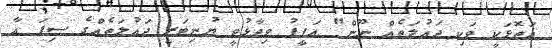
އަތޮޅަކީ ވަކި ދައުލަތެއް ނޫން" އަފީފު ވިދާޅުވީ ޔުނިޓަރީ ދައުލަތެއްގެ ސިފަ އާ